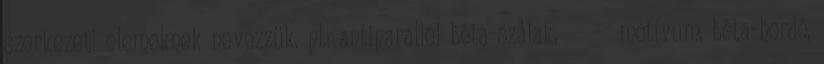
szerkezeti elemeknek nevezzük. pl.: antiparallel béta-szálak, β-α-β motívum, béta-hordó,